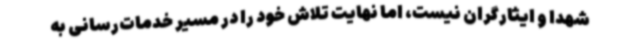
شهدا و ایثارگران نیست، اما نهایت تلاش خود را در مسیر خدمات‌رسانی به